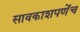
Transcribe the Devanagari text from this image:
सावकाशपणेंच